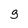
Character: 9